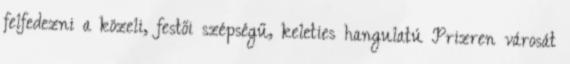
felfedezni a közeli, festői szépségű, keleties hangulatú Prizren városát